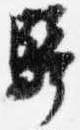
騎